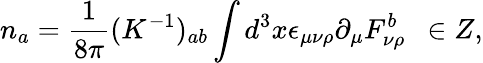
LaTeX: n_{a}=\frac{1}{8\pi}(K^{-1})_{ab}\int d^{3}x\epsilon_{\mu\nu\rho}\partial_{\mu}F_{\nu\rho}^{b}\ \ \in Z,